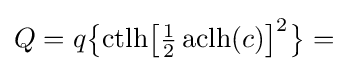
Q=q{\bigl \{}\mathrm {ctlh} {\bigl [}{\tfrac {1}{2}}\operatorname {aclh} (c){\bigr ]}^{2}{\bigr \}}=